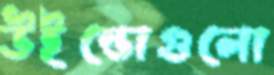
উইন্ডোগুলো